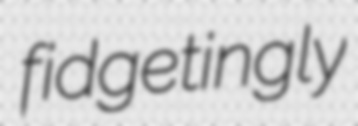
fidgetingly